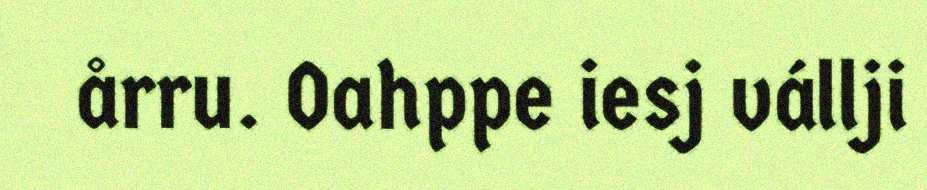
årru. Oahppe iesj vállji